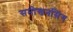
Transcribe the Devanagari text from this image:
समोखनसिंग